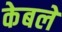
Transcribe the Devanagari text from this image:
केबलें